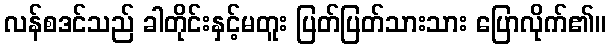
လန်စဒင်သည် ခါတိုင်းနှင့်မတူး ပြတ်ပြတ်သားသား ပြောလိုက်၏။